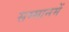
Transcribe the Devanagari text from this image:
सम्मानमें